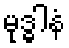
မုဒ္ဓါနံ